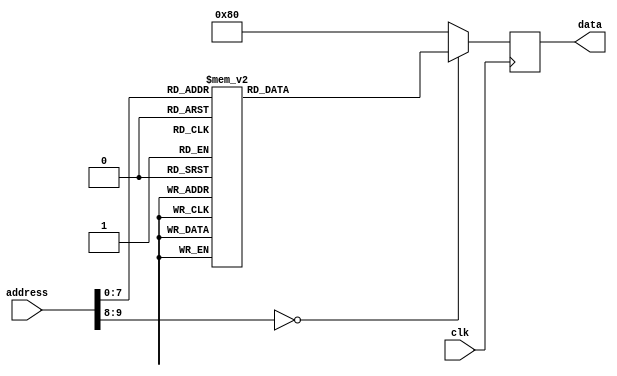
`timescale 1ns / 1ps
//////////////////////////////////////////////////////////////////////////////////
// Company: 
// Engineer: 
// 
// Design Name: 
// Module Name: adau1761_configuraiton_data
// Project Name: 
// Target Devices: 
// Tool Versions: 
// Description: 
// 
// Dependencies: 
// 
// Revision:
// Revision 0.01 - File Created
// Additional Comments:
// 
//////////////////////////////////////////////////////////////////////////////////


module adau1761_configuraiton_data(
    input               clk,
    input      [9:0]    address,
    output reg [8:0]    data
    );
    
    always @(posedge clk) begin
        case(address)
        10'b0000000000: data <= 9'b011101111;
        10'b0000000001: data <= 9'b101110110;//1:I2S START R0WX^iClock controlj1110 INFREQ[1:0] = 1024*fs core clock desenable
        10'b0000000010: data <= 9'b101000000;
        10'b0000000011: data <= 9'b100000000;
        10'b0000000100: data <= 9'b100001110;
        10'b0000000101: data <= 9'b011111111; //I2S STOP
        10'b0000000110: data <= 9'b101110110; //2:I2S START R1WX^iPLL controlj 
        10'b0000000111: data <= 9'b101000000;
        10'b0000001000: data <= 9'b100000010;
        10'b0000001001: data <= 9'b100000000; //~l
        10'b0000001010: data <= 9'b101111101; //00000000,01111101,00000000,00001100,00100011,00000001 M=125 X=2 R=4 N=12 Mode=512*48k = 24.576MHz
        10'b0000001011: data <= 9'b100000000; //48kHz!
        10'b0000001100: data <= 9'b100001100;
        10'b0000001101: data <= 9'b100100011; //X:01 = X=2
        10'b0000001110: data <= 9'b100000001;//PLL enable
        10'b0000001111: data <= 9'b011111111;//I2S STOP
        10'b0000010000: data <= 9'b011101111;//delay PLL rockm
        10'b0000010001: data <= 9'b101110110;//3:I2S START R0WX^iClock controlj1111 core clock enable
        10'b0000010010: data <= 9'b101000000;
        10'b0000010011: data <= 9'b100000000;
        10'b0000010100: data <= 9'b100001111;
        10'b0000010101: data <= 9'b011111111;//4:I2S STOP
        10'b0000010110: data <= 9'b011101111;//delay
        10'b0000010111: data <= 9'b101110110;//5:I2S START R15iSerial Port 0j1 gfsI2c mode NbN}X^[
        10'b0000011000: data <= 9'b101000000;
        10'b0000011001: data <= 9'b100010101;
        10'b0000011010: data <= 9'b100000001;
        10'b0000011011: data <= 9'b011111111;//I2S STOP
        10'b0000011100: data <= 9'b101110110;//6:I2S START R10iRecord mic biasj1 ebable
        10'b0000011101: data <= 9'b101000000;
        10'b0000011110: data <= 9'b100001010;
        10'b0000011111: data <= 9'b100000001;
        10'b0000100000: data <= 9'b011111111;//I2S STOP
        10'b0000100001: data <= 9'b101110110;//7:I2S START R11iALC 0j5 ALCKv
        10'b0000100010: data <= 9'b101000000;
        10'b0000100011: data <= 9'b100001011;
        10'b0000100100: data <= 9'b100000101;
        10'b0000100101: data <= 9'b011111111;//I2S STOP
        10'b0000100110: data <= 9'b101110110;//8:I2S START R12iALC 1j1
        10'b0000100111: data <= 9'b101000000;
        10'b0000101000: data <= 9'b100001100;
        10'b0000101001: data <= 9'b100000001;
        10'b0000101010: data <= 9'b011111111;//I2S STOP
        10'b0000101011: data <= 9'b101110110;//9:I2S START R13iALC 2j5
        10'b0000101100: data <= 9'b101000000;
        10'b0000101101: data <= 9'b100001101;
        10'b0000101110: data <= 9'b100000101;
        10'b0000101111: data <= 9'b011111111;//I2S STOP
        10'b0000110000: data <= 9'b101110110;//10:I2S START R22iPlay Mixer Left 0j33
        10'b0000110001: data <= 9'b101000000;
        10'b0000110010: data <= 9'b100011100;
        10'b0000110011: data <= 9'b100100001;
        10'b0000110100: data <= 9'b011111111;//I2S STOP
        10'b0000110101: data <= 9'b101110110;//11:I2S START R24iPlay Mixer Right 0j65
        10'b0000110110: data <= 9'b101000000;
        10'b0000110111: data <= 9'b100011110;
        10'b0000111000: data <= 9'b101000001;
        10'b0000111001: data <= 9'b011111111;//I2S STOP
        10'b0000111010: data <= 9'b101110110;//12:I2S START  R29iPlay HP left volj231
        10'b0000111011: data <= 9'b101000000;
        10'b0000111100: data <= 9'b100100011;
        10'b0000111101: data <= 9'b111100111;
        10'b0000111110: data <= 9'b011111111;//I2S STOP
        10'b0000111111: data <= 9'b101110110;//13:I2S START R30iPlay HP right volj231
        10'b0001000000: data <= 9'b101000000;
        10'b0001000001: data <= 9'b100100100;
        10'b0001000010: data <= 9'b111100111;
        10'b0001000011: data <= 9'b011111111;//I2S STOP
        10'b0001000100: data <= 9'b101110110;//14:I2S START R31iLine output left volj231
        10'b0001000101: data <= 9'b101000000;
        10'b0001000110: data <= 9'b100100101;
        10'b0001000111: data <= 9'b111100111;
        10'b0001001000: data <= 9'b011111111;//I2S STOP
        10'b0001001001: data <= 9'b101110110;//15:I2S START R32iLine output right volj231
        10'b0001001010: data <= 9'b101000000;
        10'b0001001011: data <= 9'b100100110;
        10'b0001001100: data <= 9'b111100111;
        10'b0001001101: data <= 9'b011111111;//I2S STOP
        10'b0001001110: data <= 9'b101110110;//16:I2S START R19iADC controlj3
        10'b0001001111: data <= 9'b101000000;
        10'b0001010000: data <= 9'b100011001;
        10'b0001010001: data <= 9'b100000011;
        10'b0001010010: data <= 9'b011111111;//I2S STOP
        10'b0001010011: data <= 9'b101110110;//17:I2S START R35iPlay power mgmtj3
        10'b0001010100: data <= 9'b101000000;
        10'b0001010101: data <= 9'b100101001;
        10'b0001010110: data <= 9'b100000011;
        10'b0001010111: data <= 9'b011111111;//I2S STOP
        10'b0001011000: data <= 9'b101110110;//18:I2S START R36iDAC Control 0j3
        10'b0001011001: data <= 9'b101000000;
        10'b0001011010: data <= 9'b100101010;
        10'b0001011011: data <= 9'b100000011;
        10'b0001011100: data <= 9'b011111111;//I2S STOP
        10'b0001011101: data <= 9'b101110110;//19:I2S START R58iSerial input routecontrolj1
        10'b0001011110: data <= 9'b101000000;
        10'b0001011111: data <= 9'b111110010;
        10'b0001100000: data <= 9'b100000001;
        10'b0001100001: data <= 9'b011111111;//I2S STOP
        10'b0001100010: data <= 9'b101110110;//20:I2S START R59iSerial output routecontrolj1
        10'b0001100011: data <= 9'b101000000;
        10'b0001100100: data <= 9'b111110011;
        10'b0001100101: data <= 9'b100000001;
        10'b0001100110: data <= 9'b011111111;//I2S STOP
        10'b0001100111: data <= 9'b101110110;//21:I2S START R65iClock Enable 0j127
        10'b0001101000: data <= 9'b101000000;
        10'b0001101001: data <= 9'b111111001;
        10'b0001101010: data <= 9'b101111111;
        10'b0001101011: data <= 9'b011111111;//I2S STOP
        10'b0001101100: data <= 9'b101110110;//22:I2S START R66iClock Enable 1j3
        10'b0001101101: data <= 9'b101000000;
        10'b0001101110: data <= 9'b111111010;
        10'b0001101111: data <= 9'b100000011;
        10'b0001110000: data <= 9'b011111111;//I2S STOP
        10'b0001110001: data <= 9'b000010011;//JUMP pc <= 0010011000 pc = 114
        10'b0010011000: data <= 9'b010000000;//I skip_clear skip = 1 pc = 152
        10'b0010011001: data <= 9'b000010100;//JUMP pc <= 0010100000 skip
        10'b0010011010: data <= 9'b010000001;//skip clear skip = 1
        10'b0010011011: data <= 9'b000011001;//JUMP pc <= 0011001000 skip
        10'b0010011100: data <= 9'b000010011;//JUMP pc <= 0010011000
        default       : data <= 9'b010000000; 
        endcase
    end
    
endmodule